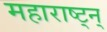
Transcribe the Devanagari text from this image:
महाराष्ट्न्